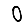
Digit: 0